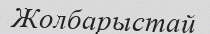
Жолбарыстай